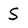
Character: S